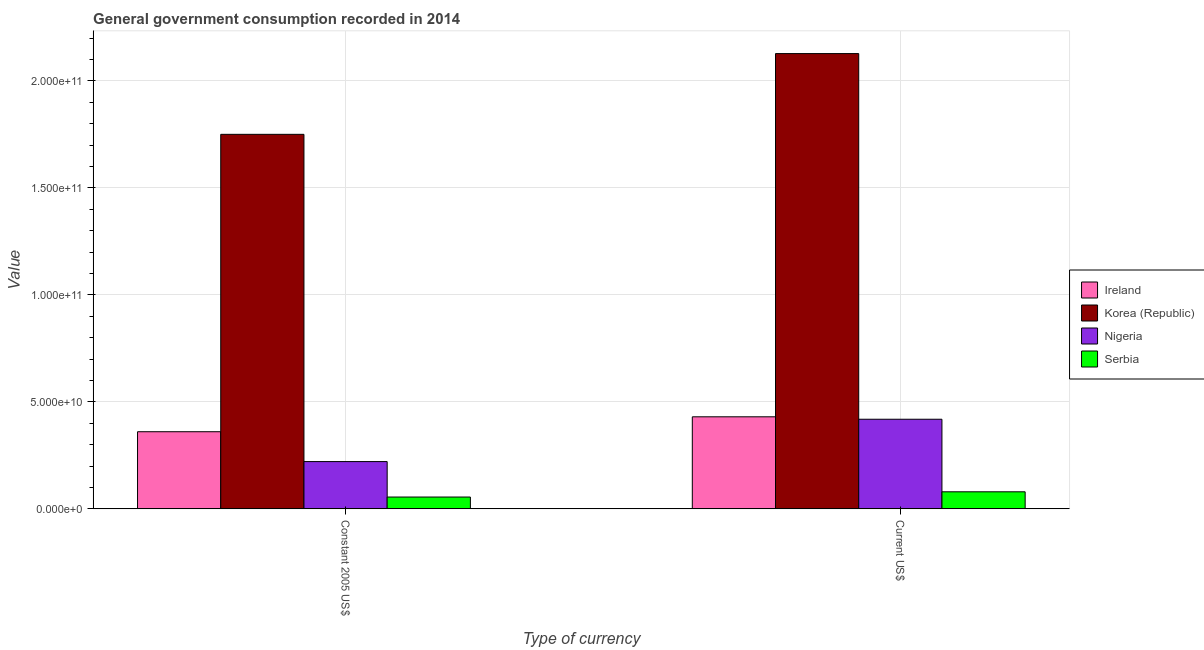
| Type of currency | Ireland | Korea (Republic) | Nigeria | Serbia |
 | --- | --- | --- | --- | --- |
 | Constant 2005 US$ | 3.6e+10 | 1.75e+11 | 2.21e+10 | 5.52e+09 |
 | Current US$ | 4.3e+10 | 2.13e+11 | 4.19e+10 | 7.96e+09 |